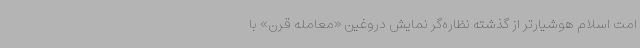
امت اسلام هوشیارتر از گذشته نظاره‌گر نمایش دروغین «معامله قرن» با